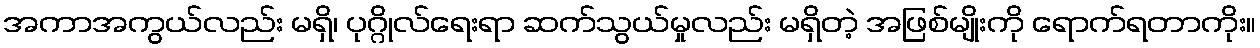
အကာအကွယ်လည်း မရှိ၊ ပုဂ္ဂိုလ်ရေးရာ ဆက်သွယ်မှုလည်း မရှိတဲ့ အဖြစ်မျိုးကို ရောက်ရတာကိုး။